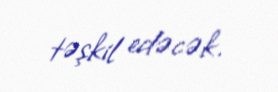
təşkil edəcək.